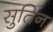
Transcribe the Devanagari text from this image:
सुतिन